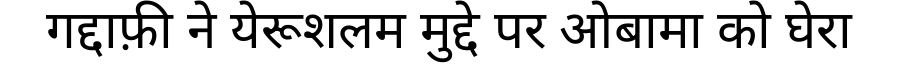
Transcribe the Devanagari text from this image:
गद्दाफ़ी ने येरूशलम मुद्दे पर ओबामा को घेरा